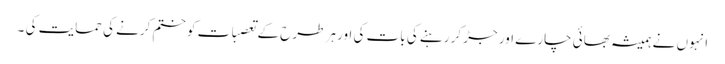
انہوں نے ہمیشہ بھائی چارے اور جڑ کر رہنے کی بات کی اور ہر طرح کے تعصبات کو ختم کرنے کی حمایت کی ۔